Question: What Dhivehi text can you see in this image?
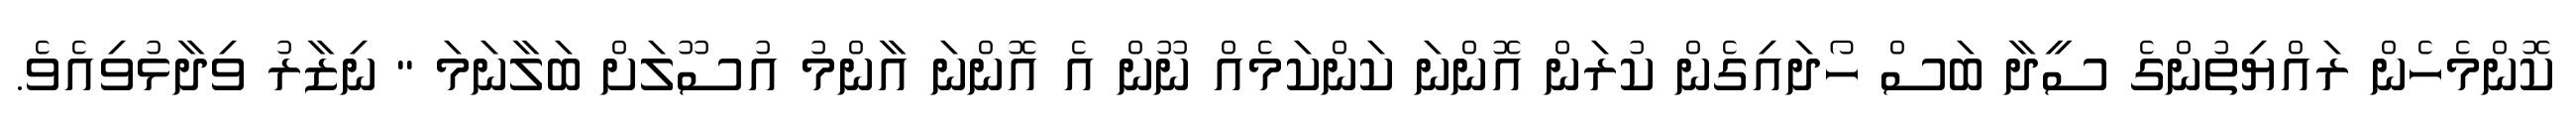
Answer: ކޮންމެހެން ރައްޔިތުންގެ ސީދާ ބަސް ހޯދައިގެން ކުރަން އޮންނަ ކަންކަމެއް ނޫން އެ އޮންނަ އާންމު އުސޫލަށް ބަލާނަމަ " ނިޒާރު ވިދާޅުވިއެވެ.